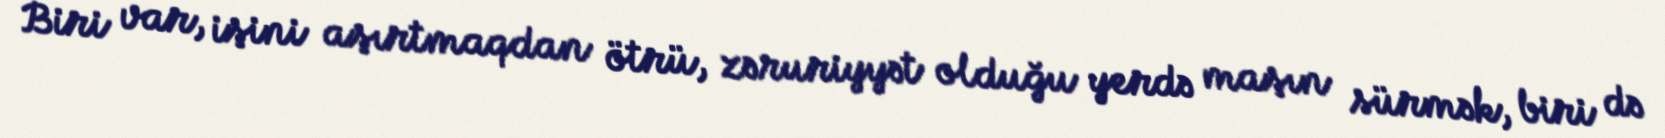
Biri var, işini aşırtmaqdan ötrü, zəruriyyət olduğu yerdə maşın sürmək, biri də